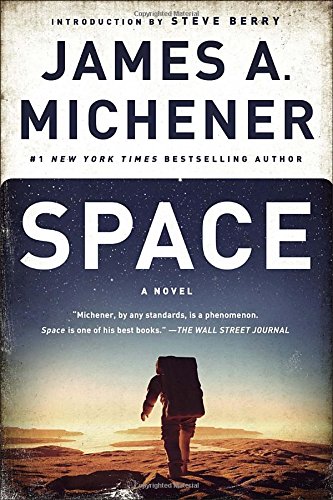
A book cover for Space: A Novel; James A. Michener; Mystery, Thriller & Suspense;